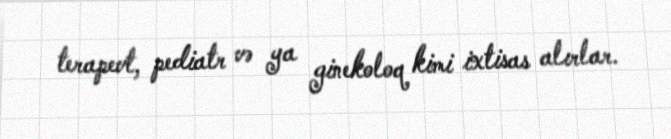
terapevt, pediatr və ya ginekoloq kimi ixtisas alırlar.